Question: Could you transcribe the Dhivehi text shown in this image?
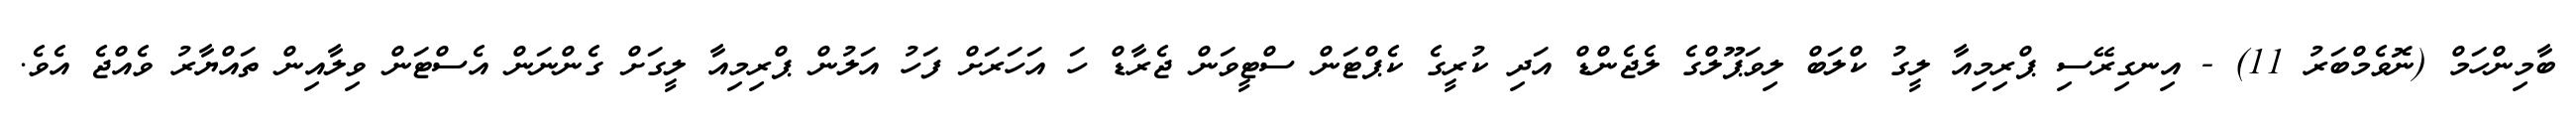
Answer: ބާމިންހަމް (ނޮވެމްބަރު 11) - އިނގިރޭސި ޕްރިމިއާ ލީގު ކްލަބް ލިވަޕޫލްގެ ލެޖެންޑް އަދި ކުރީގެ ކެޕްޓަން ސްޓީވަން ޖެރާޑް ހަ އަހަރަށް ފަހު އަލުން ޕްރިމިއާ ލީގަށް ގެންނަން އެސްޓަން ވިލާއިން ތައްޔާރު ވެއްޖެ އެވެ.